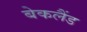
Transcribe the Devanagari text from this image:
बेकलैंड